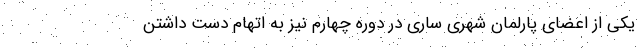
یکی از اعضای پارلمان شهری ساری در دوره چهارم نیز به اتهام دست داشتن